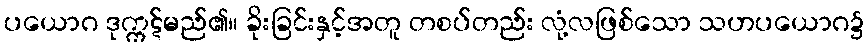
ပယောဂ ဒုက္ကဋ်မည်၏။ ခိုးခြင်းနှင့်အတူ တစပ်တည်း လုံ့လဖြစ်သော သဟပယောဂ၌